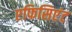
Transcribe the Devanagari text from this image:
एफिसिएंट